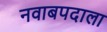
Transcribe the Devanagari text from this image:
नवाबपदाला